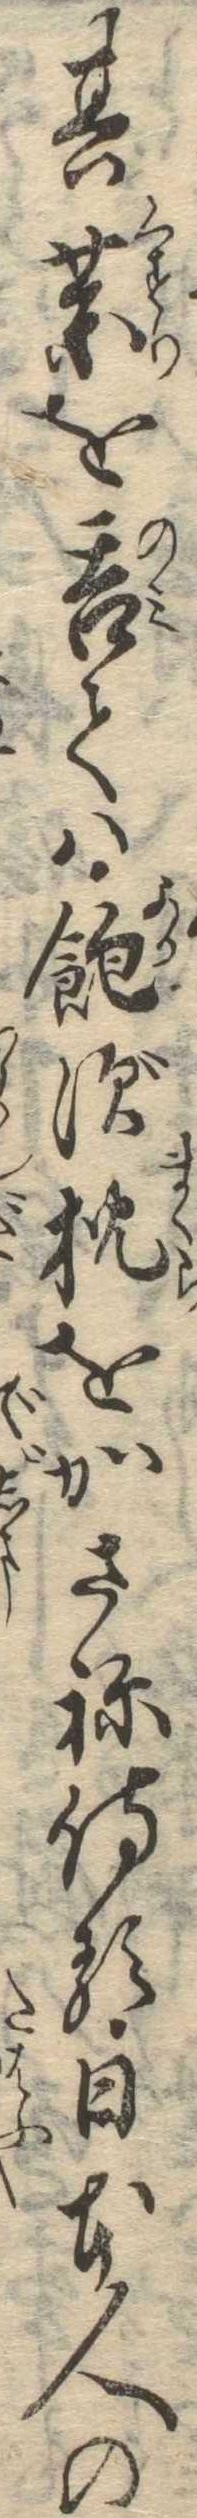
其薬を呑ては飽ず枕をかさね侍る日本人の